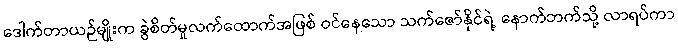
ဒေါက်တာယဉ်မျိုးက ခွဲစိတ်မှုလက်ထောက်အဖြစ် ဝင်နေသော သက်ဇော်နိုင်ရဲ့ နောက်ဘက်သို့ လာရပ်ကာ